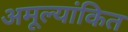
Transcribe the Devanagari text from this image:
अमूल्यांकित